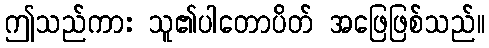
ဤသည်ကား သူ၏ပါတောပိတ် အဖြေဖြစ်သည်။